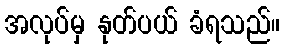
အလုပ်မှ နုတ်ပယ် ခံရသည်။